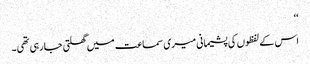
‘‘
اس کے لفظوں کی پشیمانی میری سماعت میں گھلتی جا رہی تھی۔